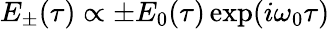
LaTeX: E_{\pm}(\tau)\propto\pm E_{0}(\tau)\exp(i\omega_{0}\tau)